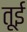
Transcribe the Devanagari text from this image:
तूई